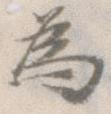
為